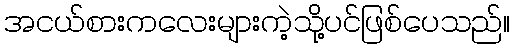
အငယ်စားကလေးများကဲ့သို့ပင်ဖြစ်ပေသည်။